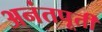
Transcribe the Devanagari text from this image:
अनंतपूर्ती